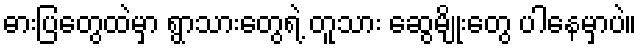
ဓားပြတွေထဲမှာ ရွာသားတွေရဲ့ တူသား ဆွေမျိုးတွေ ပါနေမှာပဲ။